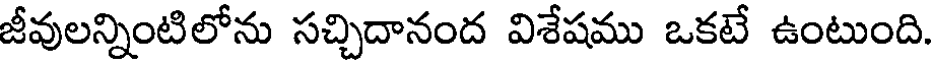
జీవులన్నింటిలోను సచ్చిదానంద విశేషము ఒకటే ఉంటుంది.